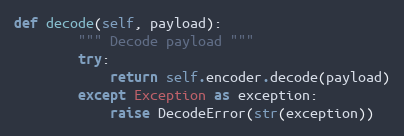
Language: Python
def decode(self, payload):
        """ Decode payload """
        try:
            return self.encoder.decode(payload)
        except Exception as exception:
            raise DecodeError(str(exception))